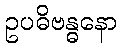
ဥပဓိဗန္ဓနော